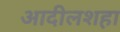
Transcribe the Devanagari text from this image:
आदीलशहा